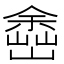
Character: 𡽚